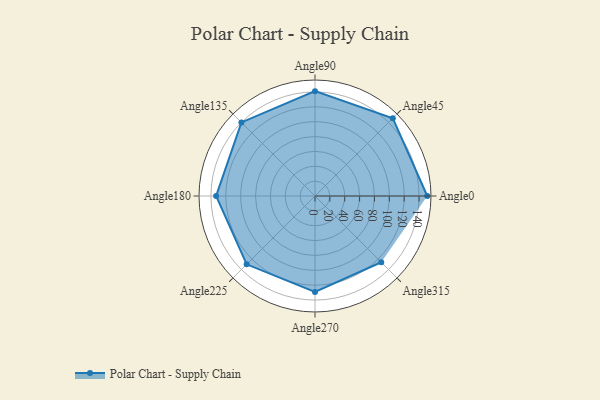
{"axis": {"x": "Angle", "y": "Radius"}, "legend": [""], "data": [{"x": "Angle0", "y": 151.0, "type": ""}, {"x": "Angle45", "y": 148.0, "type": ""}, {"x": "Angle90", "y": 141.0, "type": ""}, {"x": "Angle135", "y": 140.0, "type": ""}, {"x": "Angle180", "y": 133.0, "type": ""}, {"x": "Angle225", "y": 130.0, "type": ""}, {"x": "Angle270", "y": 129.0, "type": ""}, {"x": "Angle315", "y": 126.0, "type": ""}]}